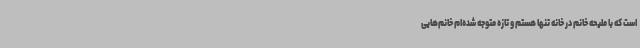
است که با ملیحه‌ خانم در خانه تنها هستم و تازه متوجه شده‌ام خانم‌هایی